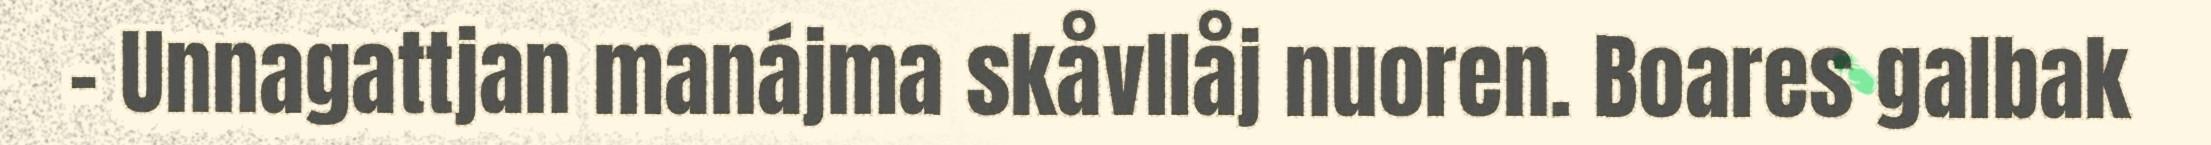
– Unnagattjan manájma skåvllåj nuoren. Boares galbak